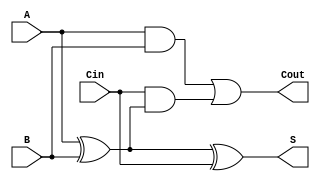
module async_full_adder (
    input wire A,     // First bit input
    input wire B,     // Second bit input
    input wire Cin,   // Carry-in input
    output wire S,    // Sum output
    output wire Cout   // Carry-out output
);

// Intermediate signals for the XOR operation
wire AxorB;          // Intermediate result for A XOR B

// Compute the sum S = A XOR B XOR Cin
assign AxorB = A ^ B;               // First XOR: A XOR B
assign S = AxorB ^ Cin;             // Second XOR: (A XOR B) XOR Cin

// Compute Cout = (A AND B) OR (Cin AND (A XOR B))
assign Cout = (A & B) | (Cin & AxorB); // Combined AND and OR gates for carry-out

endmodule